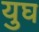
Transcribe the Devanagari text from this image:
युघ